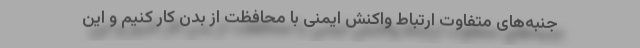
جنبه‌های متفاوت ارتباط واکنش ایمنی با محافظت از بدن کار کنیم و این